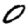
Digit: 0